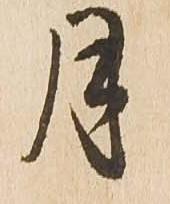
月